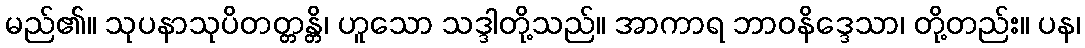
မည်၏။ သုပနာသုပိတတ္တန္တိ၊ ဟူသော သဒ္ဒါတို့သည်။ အာကာရ ဘာဝနိဒ္ဒေသာ၊ တို့တည်း။ ပန၊